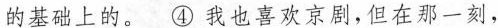
的基础上的。④我也喜欢京剧，但在那一刻，